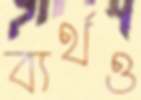
ব্যর্থও